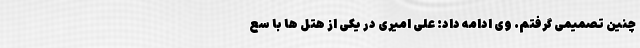
چنین تصمیمی گرفتم. وی ادامه داد: علی امیری در یکی از هتل ها با سع